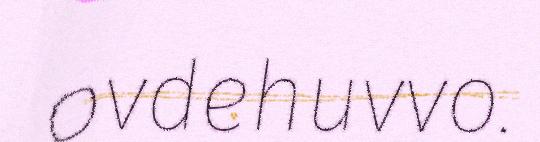
ovdehuvvo.